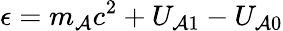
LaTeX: \epsilon=m_{\mathcal{A}}c^{2}+U_{\mathcal{A}1}-U_{\mathcal{A}0}